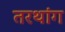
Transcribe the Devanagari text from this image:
तरथांग